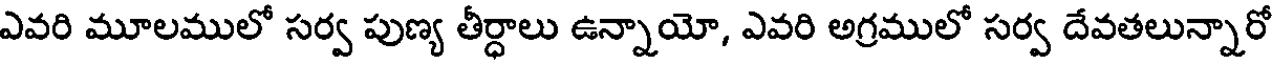
ఎవరి మూలములో సర్వ పుణ్య తీర్ధాలు ఉన్నాయో, ఎవరి అగ్రములో సర్వ దేవతలున్నారో